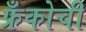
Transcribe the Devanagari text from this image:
फ्रँकोची